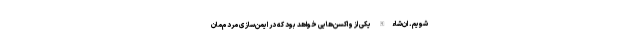
شویم. ان‌شاءالله یکی از واکسن‌هایی خواهد بود که در ایمن‌سازی مردم‌مان